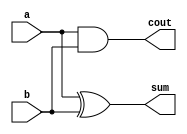
module hadder(input a, b, output cout, sum);

    assign cout = (a & b);
    assign sum = (a ^ b);
    
endmodule


module testHadder;
    reg a, b;
    wire cout, sum;
    integer j;

    hadder h1 ( .a(a), .b(b), .cout(cout), .sum(sum));

    initial begin
        a <= 0;
        b <= 0;

        $monitor (" a=%0b b=%0b cout=%0b sum=%0b", a, b, cout, sum);

        for (j = 0; j < 10; j = j + 1) begin
            {a, b} = j;
            #10;
        end
    end
endmodule